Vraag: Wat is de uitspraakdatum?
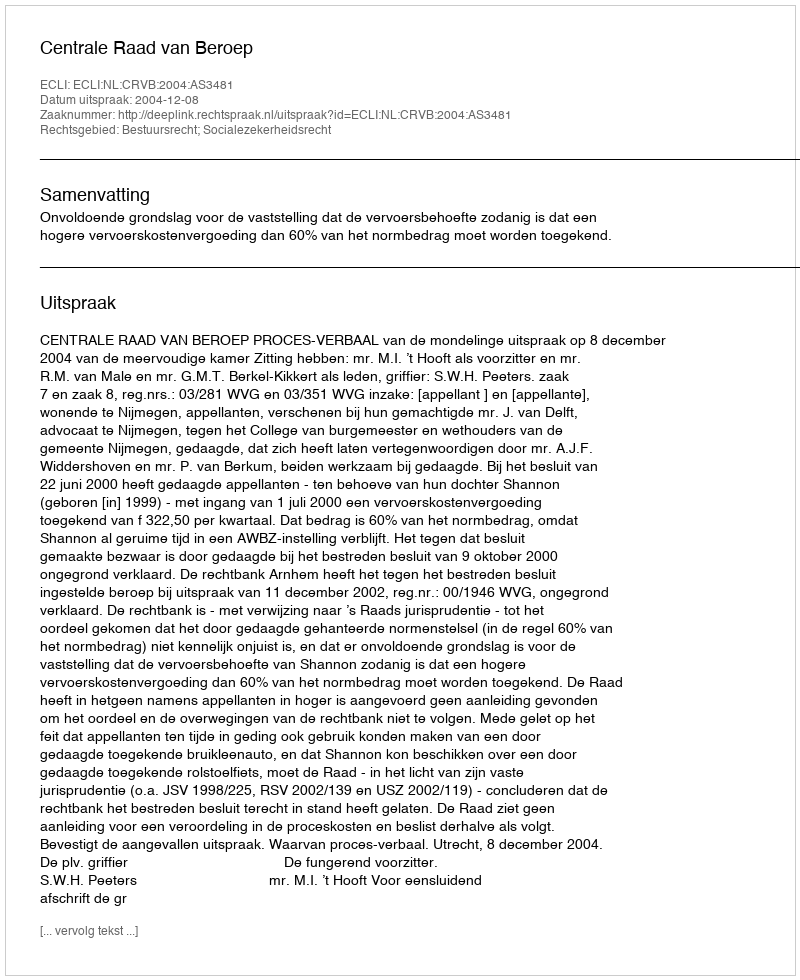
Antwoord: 2004-12-08